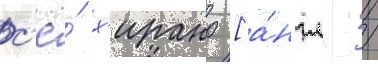
с'ё́ х'ирано [а́нгл. /